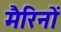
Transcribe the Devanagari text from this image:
मैरिनों